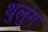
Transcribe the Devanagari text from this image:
थुलुंग